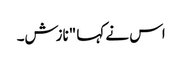
اس نے کہا "نازش۔